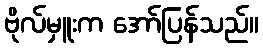
ဗိုလ်မှူးက အော်ပြန်သည်။